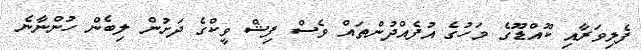
ފެލިވަރާއި ކޫއްޑޫގެ މަހުގެ އުފެއްދުންތައް ވެސް ފިޝް ވީކްގެ ދަށުން ލިބެން ހުންނާނެ